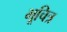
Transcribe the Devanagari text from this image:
भूचित्र